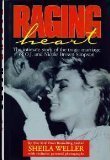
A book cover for Raging Heart: The Intimate Story of the Tragic Marriage of O.J. and Nicole Brown Simpson; Sheila Weller; Biographies & Memoirs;